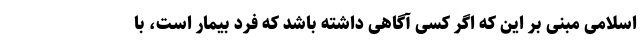
اسلامی مبنی بر این که اگر کسی آگاهی داشته باشد که فرد بیمار است، با